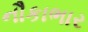
નૌકાભાર